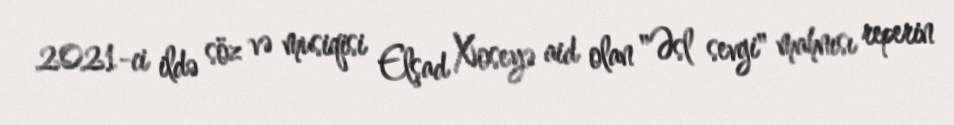
2021-ci ildə söz və musiqisi Elşad Xoseyə aid olan "Əsl sevgi" mahnısı reperin